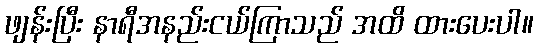
ဖျန်းပြီး နာရီအနည်းငယ်ကြာသည် အထိ ထားပေးပါ။